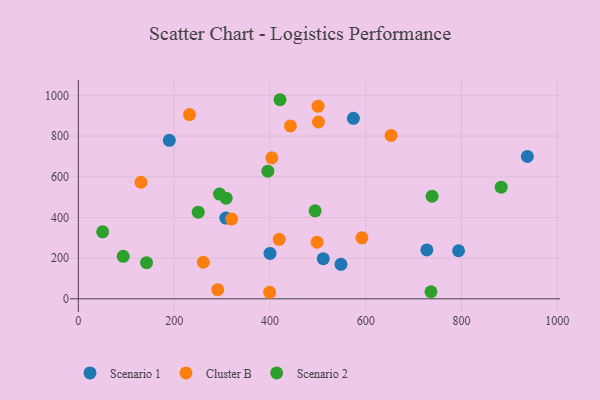
{"axis": {"x": "Engine Size", "y": "Demand"}, "legend": ["Cluster B", "Scenario 1", "Scenario 2"], "data": [{"x": "574.2", "y": 887.3, "type": "Scenario 1"}, {"x": "511.4", "y": 197.2, "type": "Scenario 1"}, {"x": "189.9", "y": 779.3, "type": "Scenario 1"}, {"x": "548.3", "y": 169.7, "type": "Scenario 1"}, {"x": "727.7", "y": 240.1, "type": "Scenario 1"}, {"x": "937.5", "y": 699.9, "type": "Scenario 1"}, {"x": "793.8", "y": 236.3, "type": "Scenario 1"}, {"x": "307.9", "y": 396.9, "type": "Scenario 1"}, {"x": "400.2", "y": 223.0, "type": "Scenario 1"}, {"x": "320.1", "y": 392.0, "type": "Cluster B"}, {"x": "500.5", "y": 946.8, "type": "Cluster B"}, {"x": "291.1", "y": 45.1, "type": "Cluster B"}, {"x": "653.0", "y": 803.1, "type": "Cluster B"}, {"x": "232.1", "y": 905.8, "type": "Cluster B"}, {"x": "592.0", "y": 299.6, "type": "Cluster B"}, {"x": "130.9", "y": 572.9, "type": "Cluster B"}, {"x": "419.3", "y": 292.6, "type": "Cluster B"}, {"x": "442.8", "y": 849.8, "type": "Cluster B"}, {"x": "260.9", "y": 179.6, "type": "Cluster B"}, {"x": "403.9", "y": 693.2, "type": "Cluster B"}, {"x": "501.3", "y": 869.2, "type": "Cluster B"}, {"x": "498.5", "y": 278.4, "type": "Cluster B"}, {"x": "399.4", "y": 32.1, "type": "Cluster B"}, {"x": "395.7", "y": 627.2, "type": "Scenario 2"}, {"x": "308.6", "y": 494.6, "type": "Scenario 2"}, {"x": "736.2", "y": 34.7, "type": "Scenario 2"}, {"x": "421.1", "y": 978.7, "type": "Scenario 2"}, {"x": "250.3", "y": 425.7, "type": "Scenario 2"}, {"x": "882.8", "y": 548.9, "type": "Scenario 2"}, {"x": "494.4", "y": 432.7, "type": "Scenario 2"}, {"x": "50.7", "y": 329.1, "type": "Scenario 2"}, {"x": "294.7", "y": 515.1, "type": "Scenario 2"}, {"x": "142.4", "y": 177.8, "type": "Scenario 2"}, {"x": "93.7", "y": 208.7, "type": "Scenario 2"}, {"x": "738.6", "y": 504.1, "type": "Scenario 2"}]}